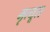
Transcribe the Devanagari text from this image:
मृत्यूस